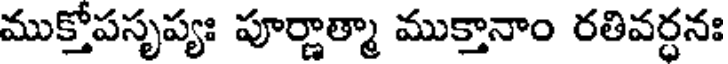
ముక్తోపసృప్యః పూర్ణాత్మా ముక్తానాం రతివర్ధనః